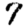
Digit: 7